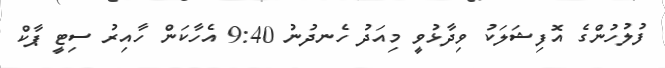
ފުލުހުންގެ އޮފިޝަލަކު ވިދާޅުވީ މިއަދު ހެނދުނު 9:40 އެހާކަން ހާއިރު ސިޓީ ޕާކް